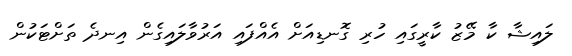
ލައިޝާ ކާ މޭޒު ކާރީގައި ހުރި ގޮނޑިއަށް އެއްފައި އަރުވާލައިގެން އިނދެ ތަށްޓަކުން